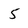
Character: 5